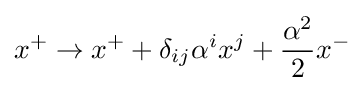
x^{+}\to x^{+}+\delta _{ij}\alpha ^{i}x^{j}+{\frac {\alpha ^{2}}{2}}x^{-}